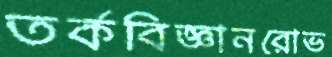
তর্কবিজ্ঞানরোভ